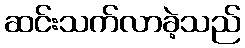
ဆင်းသက်လာခဲ့သည်